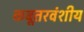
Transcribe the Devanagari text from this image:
कबूतरवंशीय